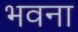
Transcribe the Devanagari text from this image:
भवना